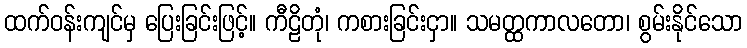
ထက်ဝန်းကျင်မှ ပြေးခြင်းဖြင့်။ ကီဠိတုံ၊ ကစားခြင်းငှာ။ သမတ္ထကာလတော၊ စွမ်းနိုင်သော